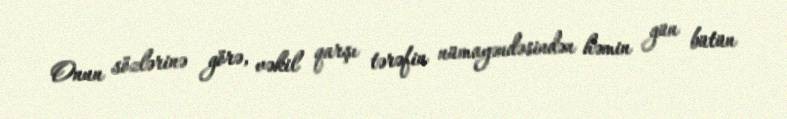
Onun sözlərinə görə, vəkil qarşı tərəfin nümayəndəsindən həmin gün bütün